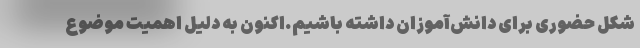
شکل حضوری برای دانش‌آموزان داشته باشیم.اکنون به دلیل اهمیت موضوع